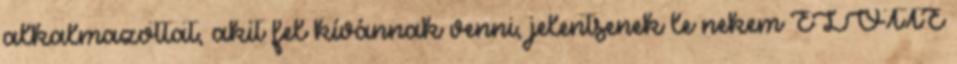
alkalmazottat, akit fel kívánnak venni, jelentsenek le nekem ELŐTTE